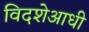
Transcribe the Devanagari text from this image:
विदशेआधी